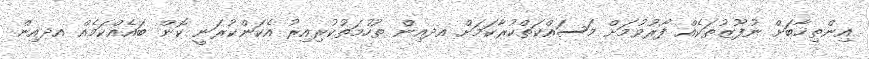
އިންތިޚާބަށް ނުފޫޒުތަކެއް ފޯރުވުމަށް މަސައްކަތްކުރާކަމަށް އދއިން ތުހުމަތުކުރިއިރު އެކަންކުރަނީ ކޮން ބައެއްކަމެއް އދއިން